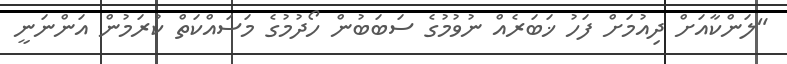
"ލަންކާއަށް ދިއުމަށް ފަހު ޚަބަރެއް ނުވުމުގެ ސަބަބުން ހޯދުމުގެ މަސައްކަތް ކުރަމުން އަންނަނީ